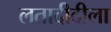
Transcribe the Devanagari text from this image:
लतादीदीला